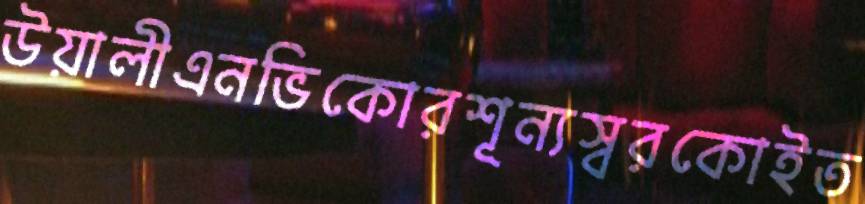
উয়ালীএনভিকোরশূন্যস্বরকোইত